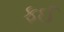
ફઈ